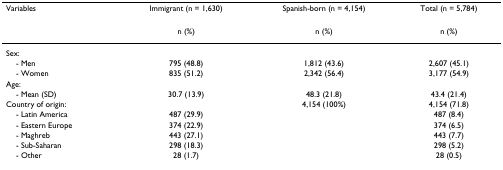
<table><thead><tr><td><b>Variables</b></td><td><b>Immigrant (n = 1,630)</b></td><td><b>Spanish-born (n = 4,154)</b></td><td><b>Total (n = 5,784)</b></td></tr></thead><tbody><tr><td></td><td>n (%)</td><td>n (%)</td><td>n (%)</td></tr><tr><td>Sex:</td><td></td><td></td><td></td></tr><tr><td> - Men</td><td>795 (48.8)</td><td>1,812 (43.6)</td><td>2,607 (45.1)</td></tr><tr><td> - Women</td><td>835 (51.2)</td><td>2,342 (56.4)</td><td>3,177 (54.9)</td></tr><tr><td>Age:</td><td></td><td></td><td></td></tr><tr><td> - Mean (SD)</td><td>30.7 (13.9)</td><td>48.3 (21.8)</td><td>43.4 (21.4)</td></tr><tr><td>Country of origin:</td><td></td><td>4,154 (100%)</td><td>4,154 (71.8)</td></tr><tr><td> - Latin America</td><td>487 (29.9)</td><td></td><td>487 (8.4)</td></tr><tr><td> - Eastern Europe</td><td>374 (22.9)</td><td></td><td>374 (6.5)</td></tr><tr><td> - Maghreb</td><td>443 (27.1)</td><td></td><td>443 (7.7)</td></tr><tr><td> - Sub-Saharan</td><td>298 (18.3)</td><td></td><td>298 (5.2)</td></tr><tr><td> - Other</td><td>28 (1.7)</td><td></td><td>28 (0.5)</td></tr></tbody></table>